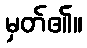
မှတ်၏။